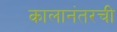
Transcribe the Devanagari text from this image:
कालानंतरची